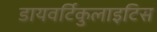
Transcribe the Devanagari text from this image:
डायवर्टिकुलाइटिस